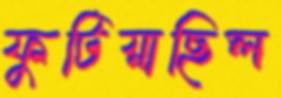
ফুটিয়াছিল